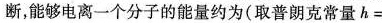
断，能够电离一个分子的能量约为(取普朗克常量$$h =